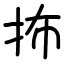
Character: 抪